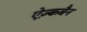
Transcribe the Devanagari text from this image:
ऐज़्कबैन